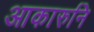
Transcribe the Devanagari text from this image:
आकारुनि